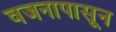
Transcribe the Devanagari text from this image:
वजनापासून